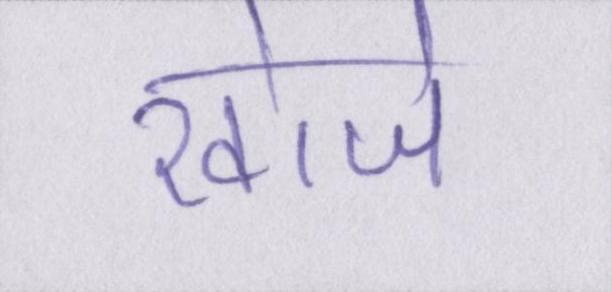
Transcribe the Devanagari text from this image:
खोजे